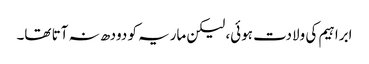
ابراہیم کی ولادت ہوئی، لیکن ماریہ کو دودھ نہ آتا تھا۔